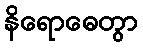
နိရောဓေတွာ